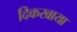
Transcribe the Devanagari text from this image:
दिकखाया